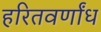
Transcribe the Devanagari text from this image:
हरितवर्णांध